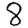
Digit: 8